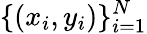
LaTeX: \{ (x_{i},y_{i})\} _{i=1}^{N}